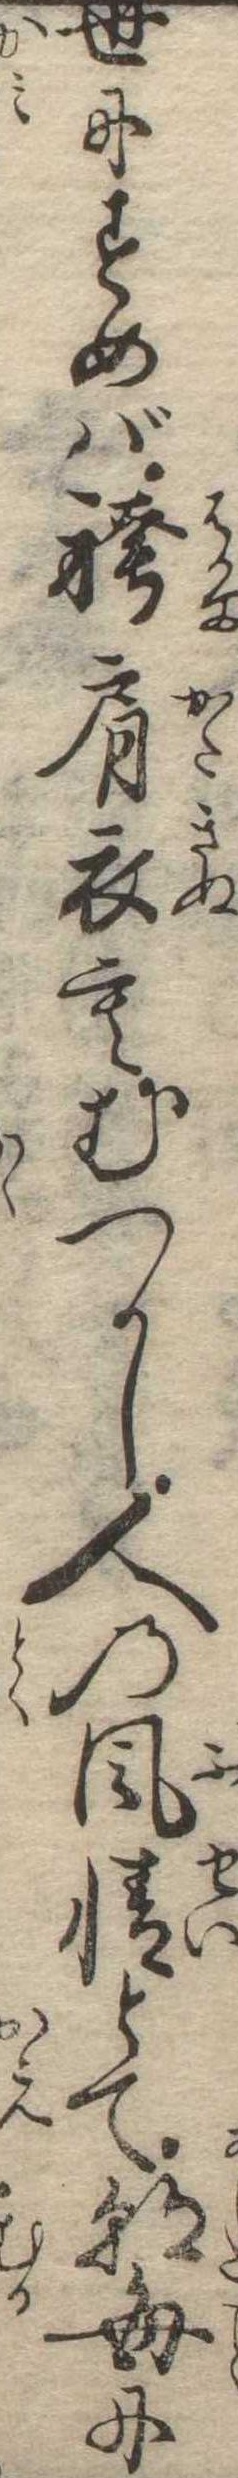
世にすめば袴肩衣もむつかし人の風情とて朝毎に